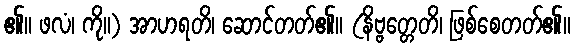
၏။ ဖလံ၊ ကို။) အာဟရတိ၊ ဆောင်တတ်၏။ (နိဗ္ဗတ္တေတိ၊ ဖြစ်စေတတ်၏။